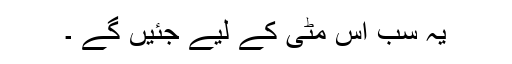
یہ سب اس مٹی کے لیے جئیں گے ۔